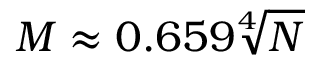
M \approx 0 . 6 5 9 \sqrt [ 4 ] { N }